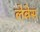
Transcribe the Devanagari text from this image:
लेवेस